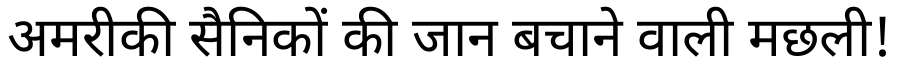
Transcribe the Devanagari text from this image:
अमरीकी सैनिकों की जान बचाने वाली मछली!